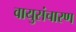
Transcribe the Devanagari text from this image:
वायुसंचारण